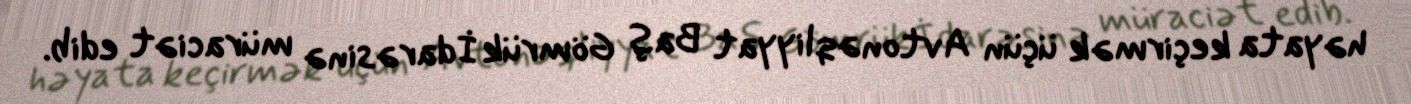
həyata keçirmək üçün Avtonəqliyyat Baş Gömrük İdarəsinə müraciət edib.